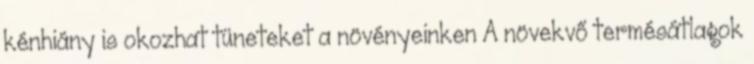
kénhiány is okozhat tüneteket a növényeinken A növekvő termésátlagok